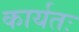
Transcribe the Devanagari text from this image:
कार्यतः